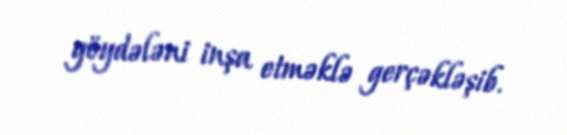
göydələni inşa etməklə gerçəkləşib.